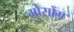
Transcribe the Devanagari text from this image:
मोसोंग